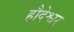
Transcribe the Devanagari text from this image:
हौदेश्वर